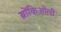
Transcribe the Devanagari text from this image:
ब्रोंकिओली